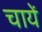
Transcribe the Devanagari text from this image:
चायें